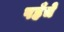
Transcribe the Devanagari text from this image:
पहँचे